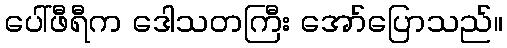
ပေါ်ဖီရီက ဒေါသတကြီး အော်ပြောသည်။